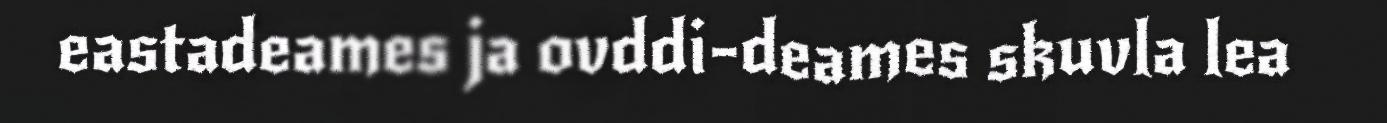
eastadeames ja ovddi-deames skuvla lea